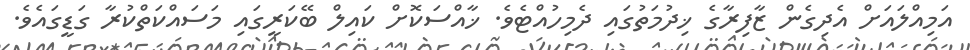
އަމިއްލައަށް އެދިގެން ޒާފިރާގެ ޚިދުމަތުގައި ދެމިހުއްޓެވެ. ޚާއްސަކޮށް ކައިލް ބޭކަރީގައި މަސައްކަތްކުރާ ގަޑީގައެވެ.